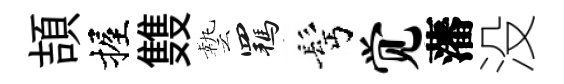
頡握䨇藝羈髩觉藩没